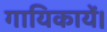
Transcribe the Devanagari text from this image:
गायिकायें।